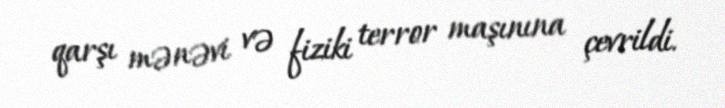
qarşı mənəvi və fiziki terror maşınına çevrildi.